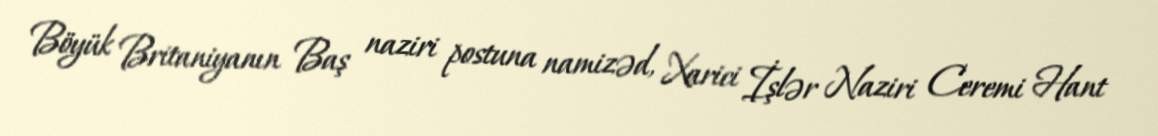
Böyük Britaniyanın Baş naziri postuna namizəd, Xarici İşlər Naziri Ceremi Hant